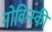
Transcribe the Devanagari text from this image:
नोविन्स्की